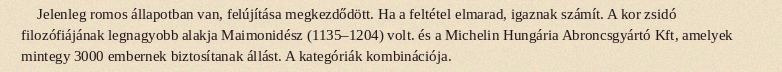
Jelenleg romos állapotban van, felújítása megkezdődött. Ha a feltétel elmarad, igaznak számít. A kor zsidó filozófiájának legnagyobb alakja Maimonidész (1135–1204) volt. és a Michelin Hungária Abroncsgyártó Kft, amelyek mintegy 3000 embernek biztosítanak állást. A kategóriák kombinációja.